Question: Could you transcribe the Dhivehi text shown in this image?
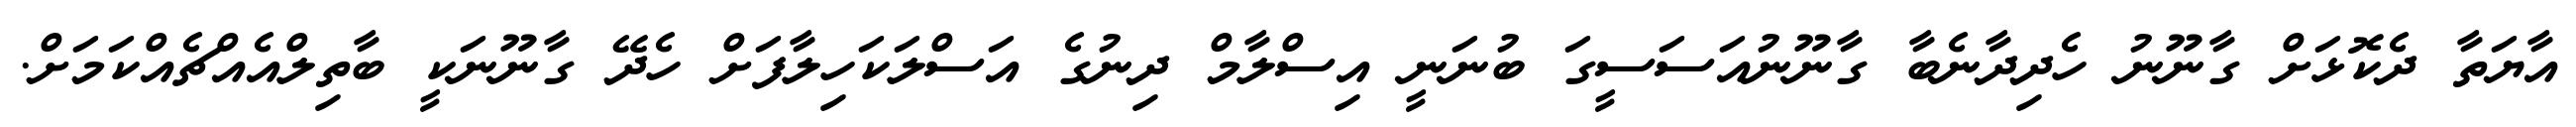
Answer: އާޔަތާ ދެކޮޅަށް ގާނޫނު ހެދިދާނެބާ ގާނޫނުއަސަސީގަ ބުނަނީ އިސްލާމް ދިނުގެ އަސްލަކަހިލާފަށް ހެދޭ ގާނޫނަކީ ބާތިލްއެއްޗެއްކަމަށް.